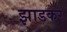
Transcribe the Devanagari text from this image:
झाडकर